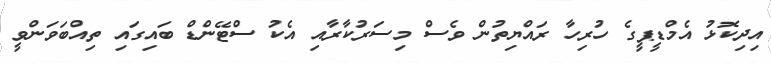
އިދިކޮޅު އެމްޑީޕީގެ ހުރިހާ ރައްޔިތުން ވެސް މިސަރުކާރާއި އެކު ސްޓޭންޑް ބައިގައި ތިއްބަވަންވީ